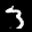
Label: 3